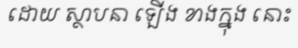
ដោយ ស្ថាបនា ឡើង ខាងក្នុង នោះ